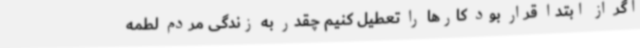
اگر از ابتدا قرار بود کارها را تعطیل کنیم چقدر به زندگی مردم لطمه